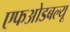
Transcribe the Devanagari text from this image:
एफओडबल्यू